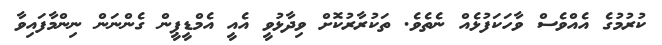
ކުރުމުގެ އެއްވެސް ވާހަކަފުޅެއް ނެތެވެ. ތަކުރާރުކޮށް ވިދާޅުވީ އެއީ އެމްޑީޕީން ގެންނަން ނިންމާފައިވާ